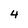
Character: 4